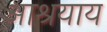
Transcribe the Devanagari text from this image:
आश्रयाय